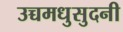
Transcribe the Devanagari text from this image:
उच्चमधुसुदनी